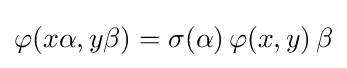
\varphi (x\alpha ,y\beta )=\sigma (\alpha )\,\varphi (x,y)\,\beta